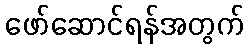
ဖော်ဆောင်ရန်အတွက်